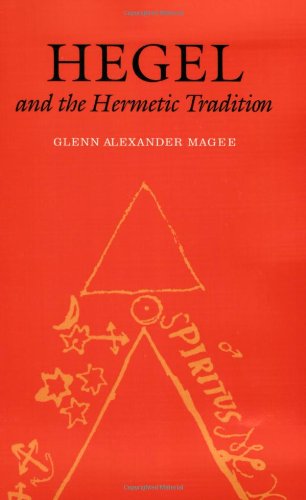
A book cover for Hegel and the Hermetic Tradition; Glenn Alexander Magee; Politics & Social Sciences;